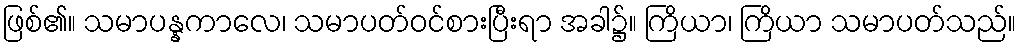
ဖြစ်၏။ သမာပန္နကာလေ၊ သမာပတ်ဝင်စားပြီးရာ အခါ၌။ ကြိယာ၊ ကြိယာ သမာပတ်သည်။